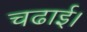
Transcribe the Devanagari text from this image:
चढाई।